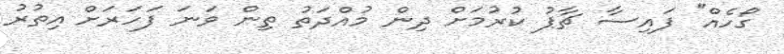
ގޯހެއް" ފައިސާ ޗާޕު ކުރުމަށް ދިން މުއްދަތު ތިން ވަނަ ފަހަރަށް އިތުރު